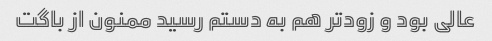
عالی بود و زودتر هم به دستم رسید ممنون از باگت